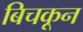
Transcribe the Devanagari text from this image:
बिचकून